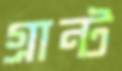
গ্রান্ট